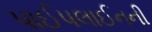
પાઈપલાઈનની